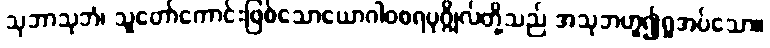
သုဘာသုဘံ၊ သူတော်ကောင်းဖြစ်သောယောဂါဝစရပုဂ္ဂိုလ်တို့သည် အသုဘဟူ၍ရှုအပ်သော။